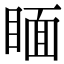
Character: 𥈅